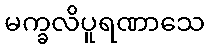
မက္ခလိပူရဏာသေ